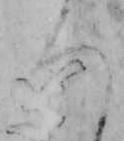
ろ